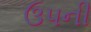
ઉપની